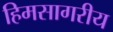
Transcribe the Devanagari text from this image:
हिमसागरीय